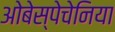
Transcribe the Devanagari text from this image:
ओबेस्पेचेनिया